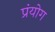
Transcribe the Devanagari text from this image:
प्रंयोग